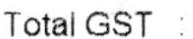
TOTAL GST :